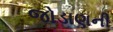
જોડાણની